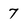
Character: 7